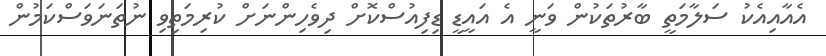
އެއާއިއެކު ސަލާމަތީ ބާރުތަކުން ވަނީ އެ އައީޑީ ޑިފިއުސްކޮށް ދިވެހިންނަށް ކުރިމަތިވި ނުތަނަވަސްކަމުން